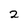
Character: 2